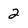
Character: 2